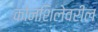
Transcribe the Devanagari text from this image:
कोनशिलेवरील